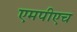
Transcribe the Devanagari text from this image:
एमपीएच